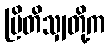
ဗြိတိသျှတို့က